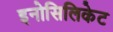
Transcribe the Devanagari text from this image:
इनोसिलिकेट